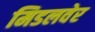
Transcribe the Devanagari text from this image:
मिडलवेर